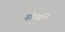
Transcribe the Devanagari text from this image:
गोमयें